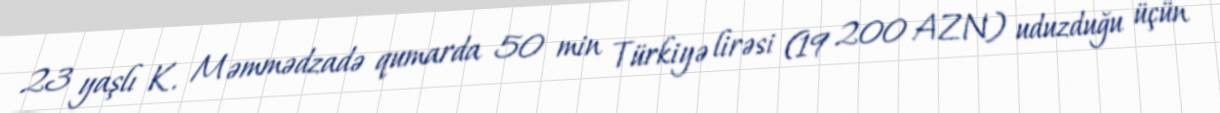
23 yaşlı K. Məmmədzadə qumarda 50 min Türkiyə lirəsi (19 200 AZN) uduzduğu üçün